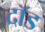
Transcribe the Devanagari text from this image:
दॉड